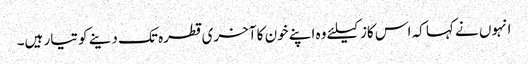
انہوں نے کہا کہ اس کاز کیلئے وہ اپنے خون کا آخری قطرہ تک دینے کو تیار ہیں۔